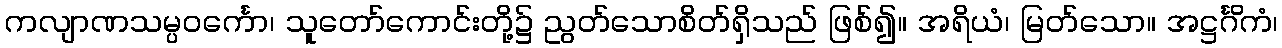
ကလျာဏသမ္ပဝင်္ကော၊ သူတော်ကောင်းတို့၌ ညွတ်သောစိတ်ရှိသည် ဖြစ်၍။ အရိယံ၊ မြတ်သော။ အဋ္ဌင်္ဂိကံ၊